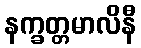
နက္ခတ္တမာလိနီ